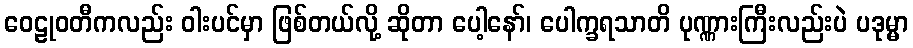
ဝေဠုဝတီကလည်း ဝါးပင်မှာ ဖြစ်တယ်လို့ ဆိုတာ ပေါ့နော်၊ ပေါက္ခရသာတိ ပုဏ္ဏားကြီးလည်းပဲ ပဒုမ္မာ